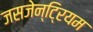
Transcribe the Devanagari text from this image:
जसजेन्टि्रयम